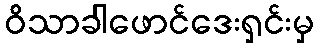
ဝိသာခါဖောင်ဒေးရှင်းမှ